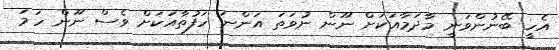
އެހީ ބޭނުންވަނީ މާދަމާއަކަށް ނޫން ނުވަތަ އަންނަ ހަފުތާއަކަށް ވެސް ނޫން ހަމަ